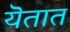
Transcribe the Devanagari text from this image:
यॆतात